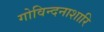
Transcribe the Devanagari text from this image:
गोविन्दनाशारि